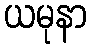
ယမုနာ